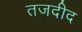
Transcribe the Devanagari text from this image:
तजदीद